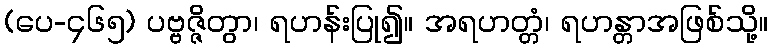
(ပေ-၄၆၅) ပဗ္ဗဇ္ဇိတွာ၊ ရဟန်းပြု၍။ အရဟတ္တံ၊ ရဟန္တာအဖြစ်သို့။